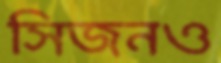
সিজনও